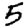
Digit: 5